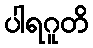
ပါရဂူတိ